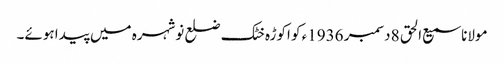
مولانا سمیع الحق 8 دسمبر 1936ء کو اکوڑہ خٹک ضلع نوشہرہ میں پیدا ہوئے۔